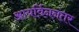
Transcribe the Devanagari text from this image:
आयर्विननंतर